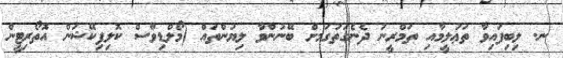
ނ. ލިބިފައިވާ ތަޢުލީމާއި ތަމްރީނު ދެނެގަތުގަމށް ބޭނުންވާ ލިޔުންތައް (މޯލްޑިވްސް ކޮލިފިކޭޝަން އޮތޯރިޓީން